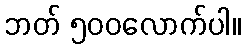
ဘတ် ၅၀၀လောက်ပါ။